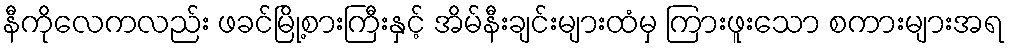
နီကိုလေကလည်း ဖခင်မြို့စားကြီးနှင့် အိမ်နီးချင်းများထံမှ ကြားဖူးသော စကားများအရ